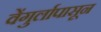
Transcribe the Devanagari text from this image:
वेंगुर्लापासून